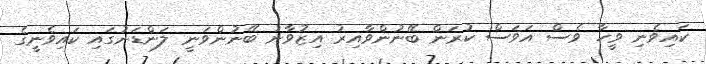
ކައިވެނި ވީހާ ވެސް އަވަސް ކުރަން ބޭނުންވާއިރު އިޒުވާނު ބޭނުންވަނީ ލަންޑަނުގައި ކައިވެނީގެ